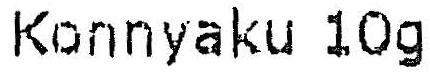
KONNYAKU 10G